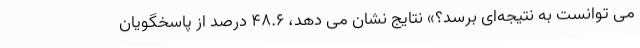
می توانست به نتیجه‌ای برسد؟» نتایج نشان می دهد، 48.6 درصد از پاسخگویان